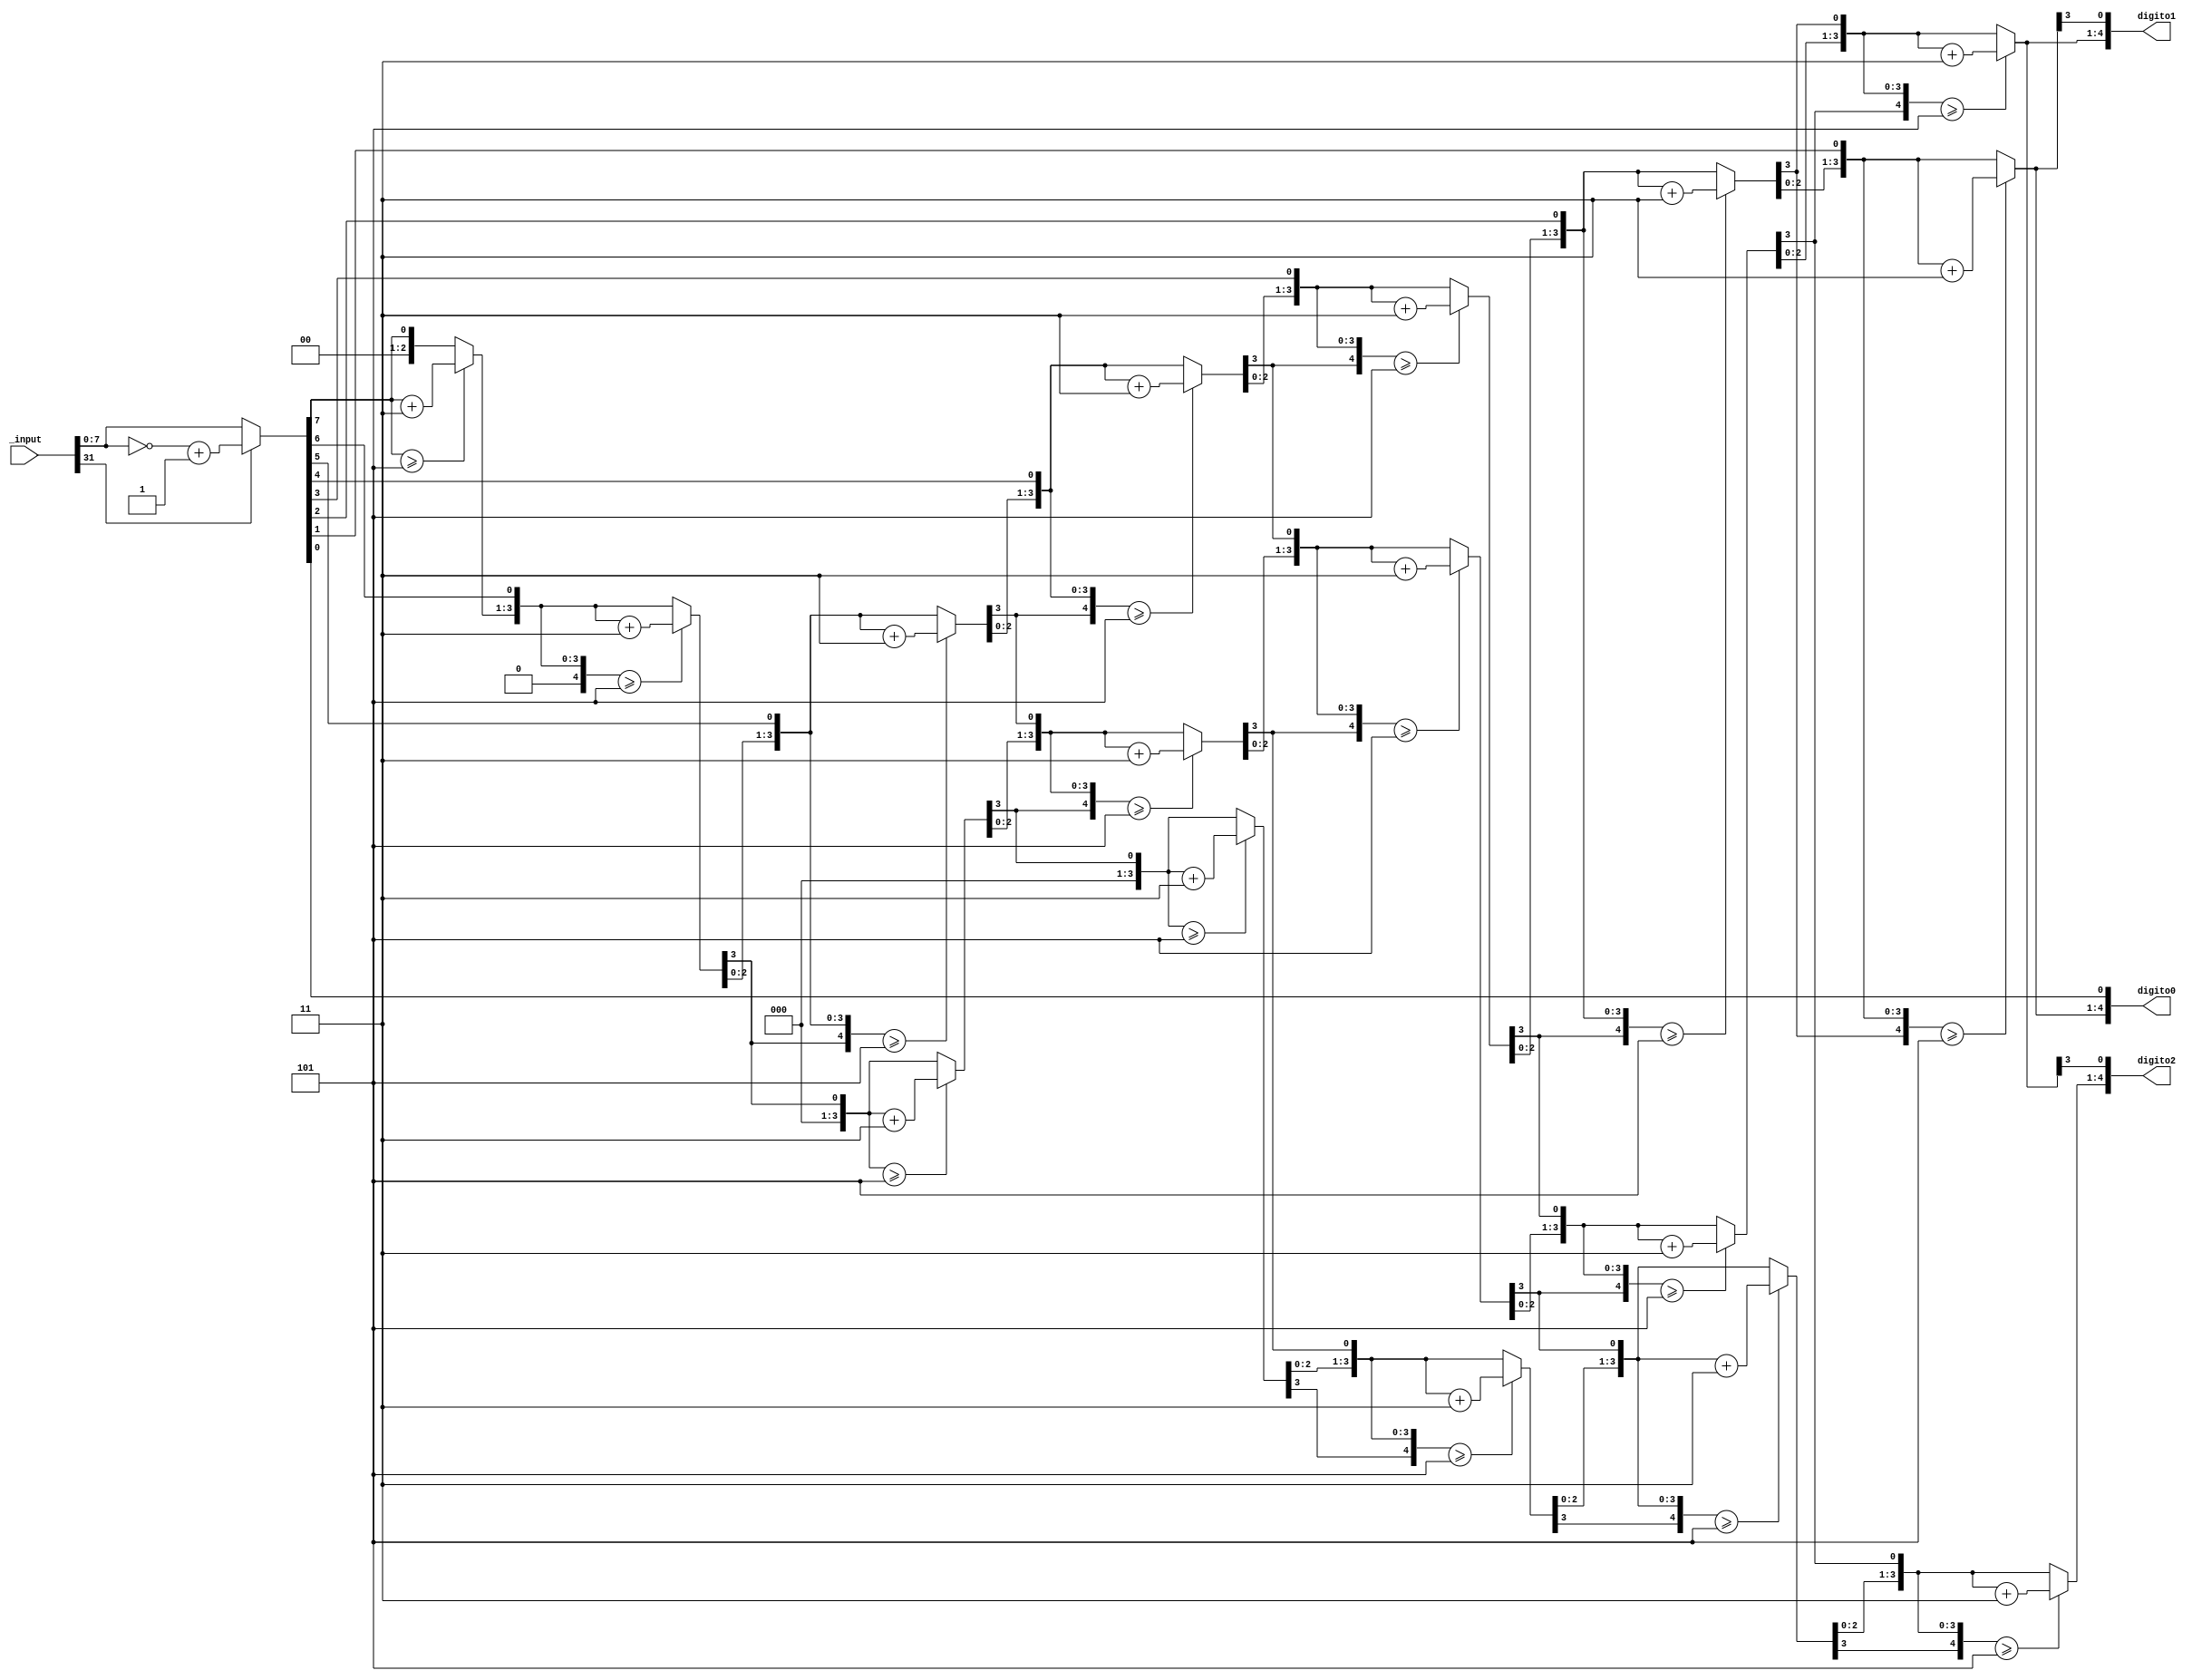
module BCD(_input, digito0, digito1, digito2);
	input [31:0] _input;
	reg [31:0] binary;
	output reg [4:0] digito0, digito1, digito2;
	integer i;
	always @(_input) begin
		digito0 = 4'd0;//1
		digito1 = 4'd0;//10
		digito2 = 4'd0;//100
		if(_input[31]) binary = ~_input + 1; //caso negativo
		else binary = _input;	//positivo
		
		for(i = 7; i >= 0; i = i-1)
		begin
			if(digito2 >= 5) digito2 = digito2 + 3;
			if(digito1 >= 5) digito1 = digito1 + 3;
			if(digito0 >= 5) digito0 = digito0 + 3;
			digito2 = digito2 << 1;
			digito2[0] = digito1[3];
			digito1 = digito1 << 1;
			digito1[0] = digito0[3];
			digito0 = digito0 << 1;
			digito0[0] = binary[i];
		end
	end
endmodule